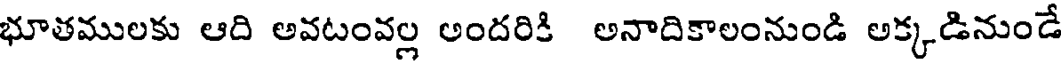
భూతములకు ఆది అవటంవల్ల అందరికి అనాదికాలంనుండి అక్కడినుండే